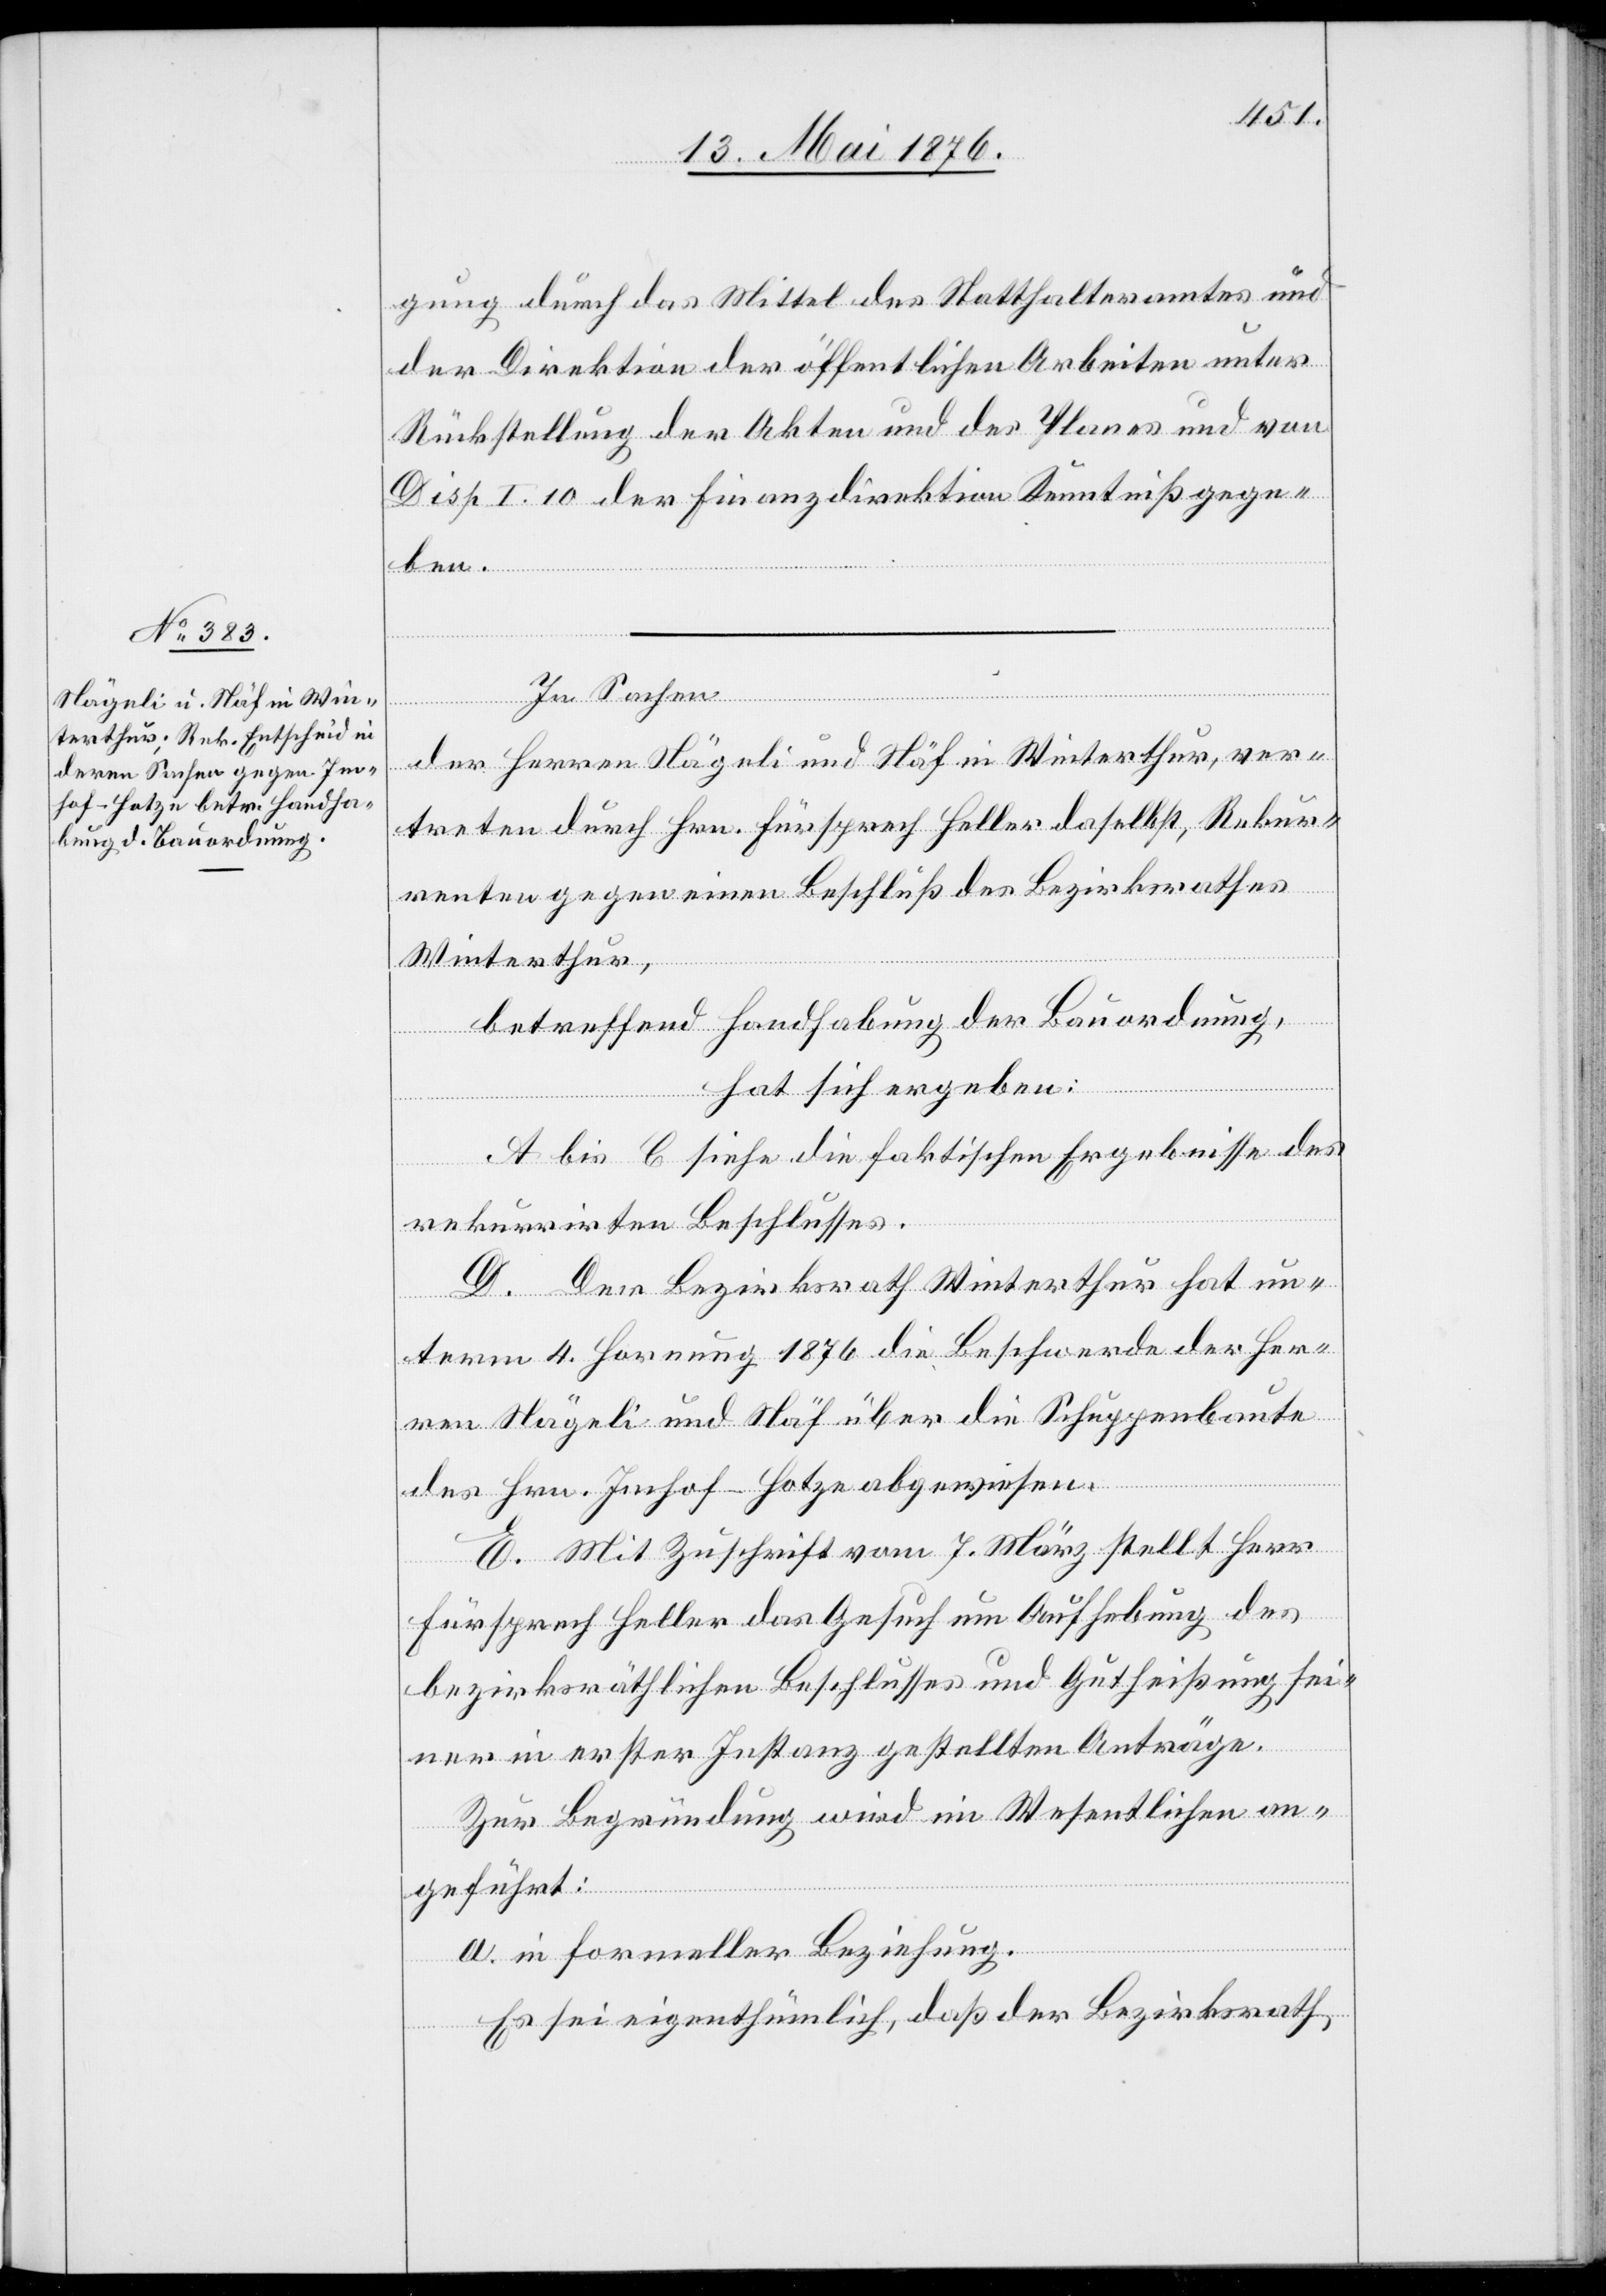
In Sachen
der Herren Nägeli und Näf in Winterthur, ver¬
treten durch Hrn. Fürsprech Heller daselbst, Rekur¬
renten gegen einen Beschluß des Bezirksrathes
Winterthur,
betreffend Handhabung der Bauordnung,
hat sich ergeben:
A bis C siehe die faktischen Ergebnisse des
rekurrirten Beschlusses.
D. Der Bezirksrath Winterthur hat un¬
term 4. Hornung 1876 die Beschwerde der Her¬
ren Nägeli und Näf über die Schuppenbaute
des Hrn. Imhof-Hotze abgewiesen.
E. Mit Zuschrift vom 7. März stellt Herr
Fürsprech Heller das Gesuch um Aufhebung des
bezirksräthlichen Beschlusses und Gutheißung sei¬
ner in erster Instanz gestellten Anträge.
Zur Begründung wird im Wesentlichen an¬
geführt:
a. in formeller Beziehung.
Es sei eigenthümlich, daß der Bezirksrath